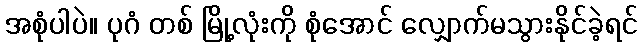
အစုံပါပဲ။ ပုဂံ တစ် မြို့လုံးကို စုံအောင် လျှောက်မသွားနိုင်ခဲ့ရင်